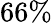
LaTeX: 66\%